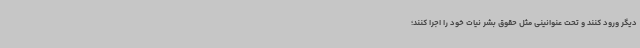
دیگر ورود کنند و تحت عنوانینی مثل حقوق بشر نیات خود را اجرا کنند؛